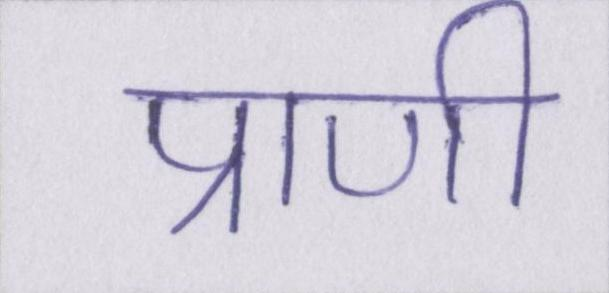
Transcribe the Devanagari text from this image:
प्राणी